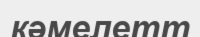
кәмелетт